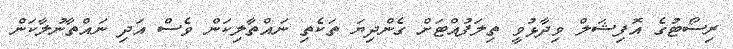
ރިސޯޓުގެ އޮފިޝަލް ވިދާޅުވީ ތިލަފުއްޓަށް ގެންދިޔަ ތަކެތި ނައްތާލިކަން ވެސް އަދި ނައްތާނުލާކަން